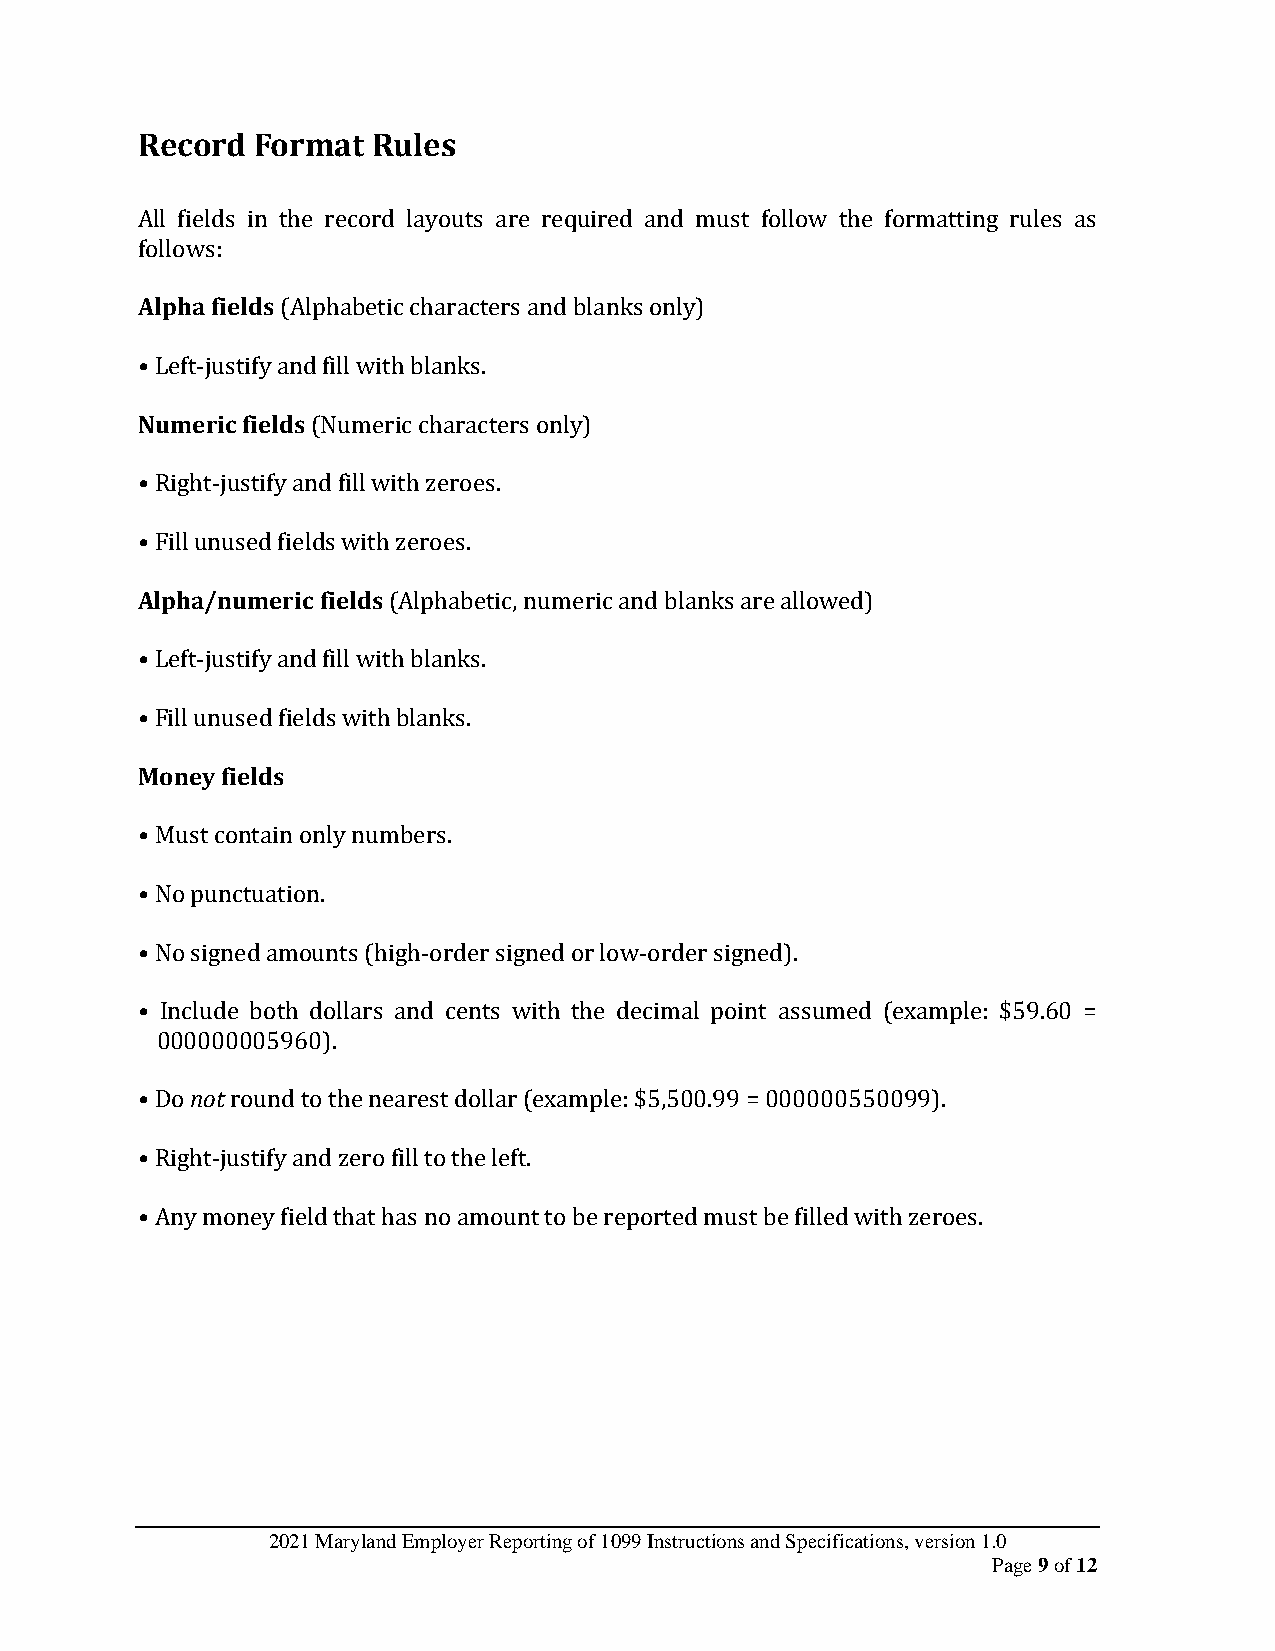
Record  Format  Rules
 All fields in the record layouts are required and must follow the formatting rules as
 follows:
 Alpha fields (Alphabetic characters and blanks only)
 • Left-justify and fill with blanks.
 Numeric fields (Numeric characters only)
 • Right-justify and fill with zeroes.
 • Fill unused fields with zeroes.
 Alpha/numeric fields (Alphabetic, numeric and blanks are allowed)
 • Left-justify and fill with blanks.
 • Fill unused fields with blanks.
 Money fields
 • Must contain only numbers.
 • No punctuation.
 • No signed amounts (high-order signed or low-order signed).
 • Include both dollars and cents with the decimal point assumed (example: $59.60 =
 000000005960).
 • Do not round to the nearest dollar (example: $5,500.99 = 000000550099).
 • Right-justify and zero fill to the left.
 • Any money field that has no amount to be reported must be filled with zeroes.
 2021 Maryland Employer Reporting of 1099 Instructions and Specifications, version 1.0
 Page 9 of 12